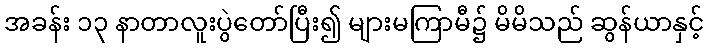
အခန်း ၁၃ နာတာလူးပွဲတော်ပြီး၍ များမကြာမီ၌ မိမိသည် ဆွန်ယာနှင့်